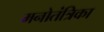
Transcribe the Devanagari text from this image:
मनोतंत्रिका